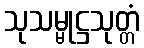
သုသမ္မုဋ္ဌသုတ္တံ